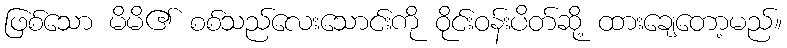
ဖြစ်သော မိမိ၏ စစ်သည်လေးသောင်းကို ဝိုင်းဝန်းပိတ်ဆို့ ထားချေတော့မည်။